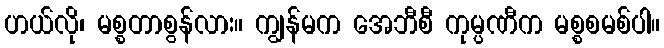
ဟယ်လို၊ မစ္စတာစွန်လား။ ကျွန်မက အေဘီစီ ကုမ္ပဏီက မစ္စစမစ်ပါ။